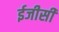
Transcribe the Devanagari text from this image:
ईजीसी